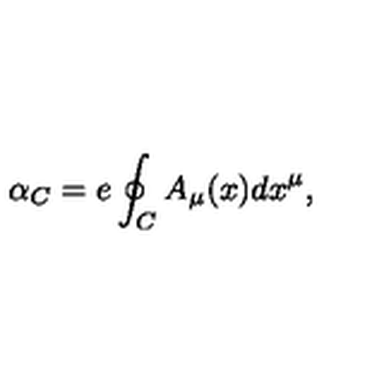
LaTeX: \alpha _ { C } = e \oint _ { C } A _ { \mu } ( x ) d x ^ { \mu } ,